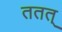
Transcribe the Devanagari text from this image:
ततत्‌